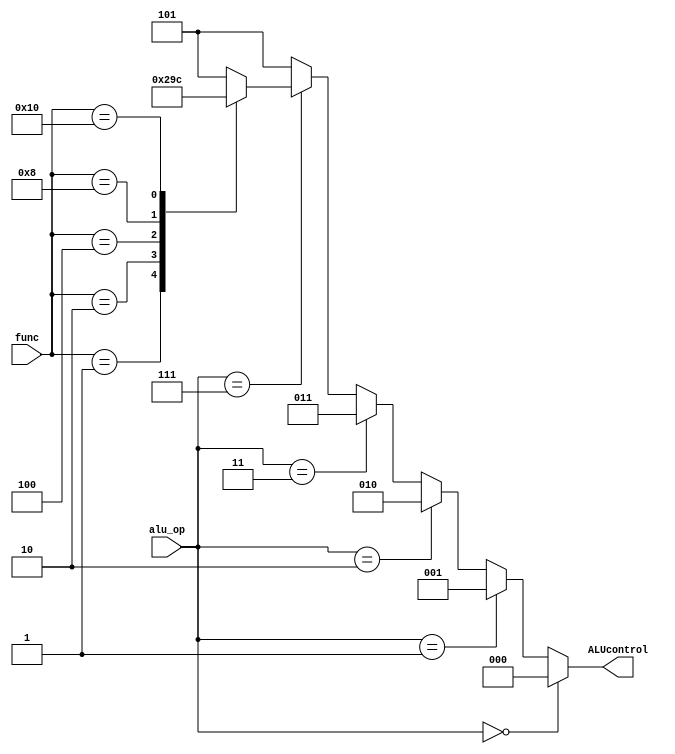
module alu_cu (input [2:0] alu_op, input [6:0] func, output reg [2:0] ALUcontrol);
  
  always @(alu_op, func)
  begin
    ALUcontrol = 3'b101;
    if (alu_op == 3'b000)        // add
            ALUcontrol = 3'b000;
    else if (alu_op == 3'b001)   // sub
            ALUcontrol = 3'b001;
    else if (alu_op == 3'b010)   // and
            ALUcontrol = 3'b010;
    else if (alu_op == 3'b011)   // or
            ALUcontrol = 3'b011;
    else if (alu_op == 3'b111)    // R-type
      begin
        case (func)
          7'b0000001: ALUcontrol = 3'b000;  // add
          7'b0000010: ALUcontrol = 3'b001;  // sub
          7'b0000100: ALUcontrol = 3'b010;  // and
          7'b0001000: ALUcontrol = 3'b011;  // or
          7'b0010000: ALUcontrol = 3'b100;  // not
          7'b0100000: ALUcontrol = 3'b101;  // nop
        default:   ALUcontrol = 3'b101;
        endcase
      end
        
  end
  
endmodule